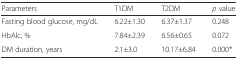
<table><thead><tr><td><b>Parameters</b></td><td><b>T1DM</b></td><td><b>T2DM</b></td><td><b><i>p</i> value</b></td></tr></thead><tbody><tr><td>Fasting blood glucose, mg/dL</td><td>6.22±1.30</td><td>6.37±1.37</td><td>0.248</td></tr><tr><td>HbAlc, %</td><td>7.84±2.39</td><td>6.56±0.65</td><td>0.072</td></tr><tr><td>DM duration, years</td><td>2.1±3.0</td><td>10.17±6.84</td><td>0.000*</td></tr></tbody></table>